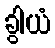
ခွါယံ